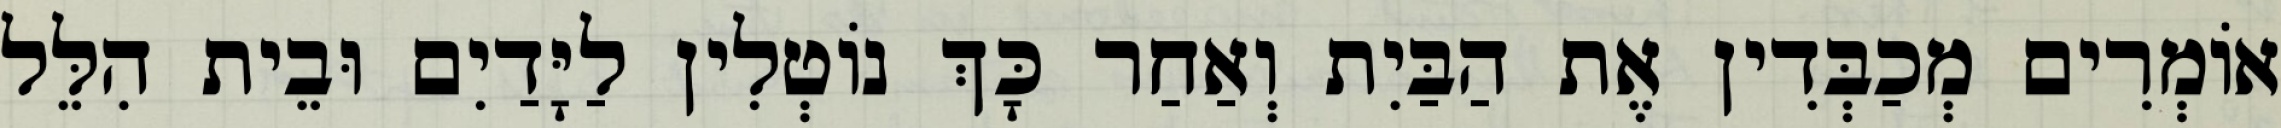
אוֹמְרִים מְכַבְּדִין אֶת הַבַּיִת וְאַחַר כָּךְ נוֹטְלִין לַיָּדַיִם וּבֵית הִלֵּל